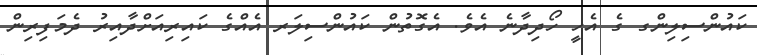
ކައުންސިލިންގ ގެ އެހީ ހޯދިދާނެ އެވެ. އެގޮތުން ކައުންސިލަރ އެއްގެ ކައިރިއަށްދާއިރު ދެމަފިރިން